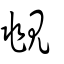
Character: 覜